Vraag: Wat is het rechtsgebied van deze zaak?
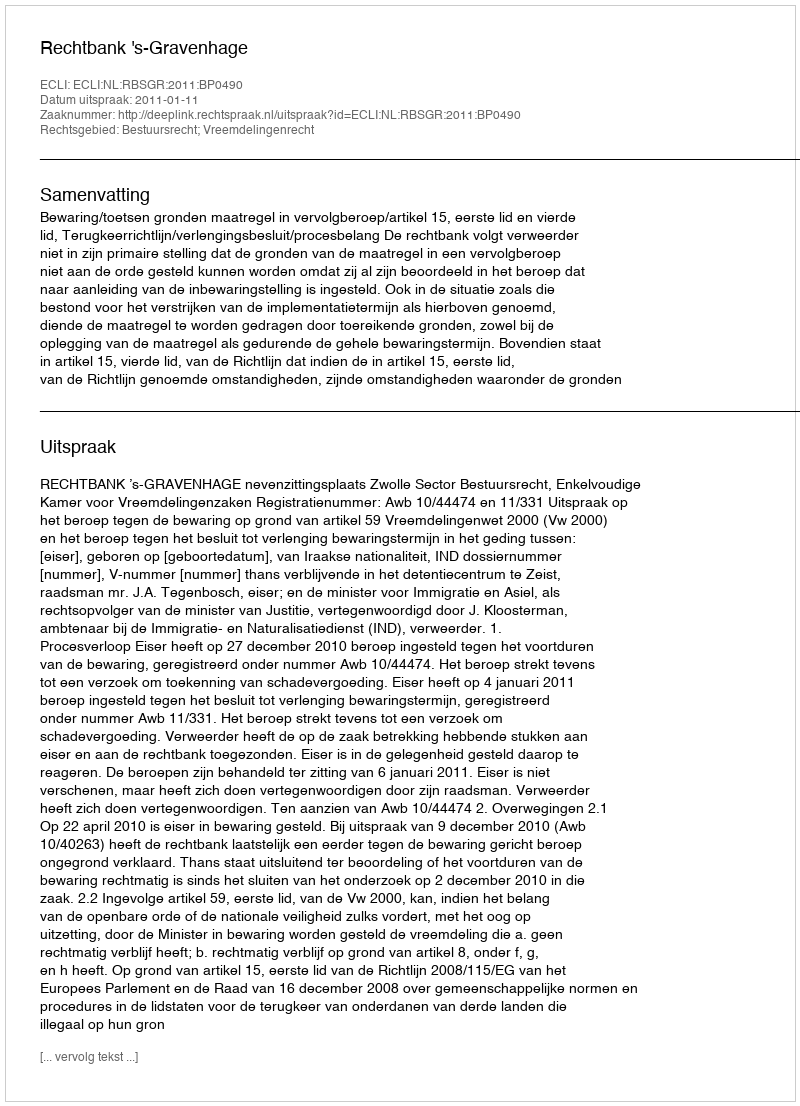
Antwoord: Bestuursrecht; Vreemdelingenrecht